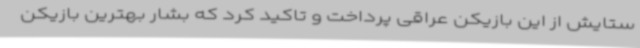
ستایش از این بازیکن عراقی پرداخت و تاکید کرد که بشار بهترین بازیکن